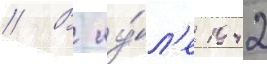
// В иу́л'е 1942